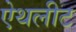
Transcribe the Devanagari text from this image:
ऐथलीट